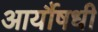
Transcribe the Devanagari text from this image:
आर्यौषधी